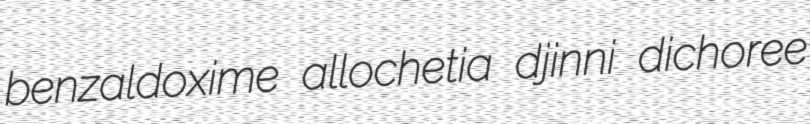
benzaldoxime allochetia djinni dichoree